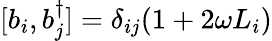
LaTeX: [b_{i},b_{j}^{\dagger}]=\delta_{ij}(1+2\omega L_{i})